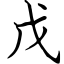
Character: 戊